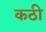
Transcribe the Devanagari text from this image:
कठी